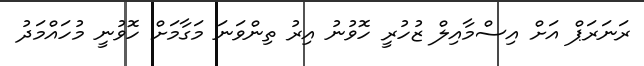
ރަނަރަޕް އަށް އިސްމާއިލް ޒުހުރީ ހޮވުނު އިރު ތިންވަނަ މަގާމަށް ހޮވުނީ މުހައްމަދު